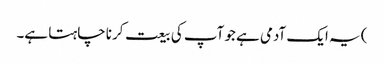
) یہ ایک آدمی ہے جو آپ کی بیعت کرنا چاہتا ہے۔